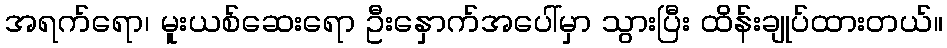
အရက်ရော၊ မူးယစ်ဆေးရော ဦးနှောက်အပေါ်မှာ သွားပြီး ထိန်းချုပ်ထားတယ်။